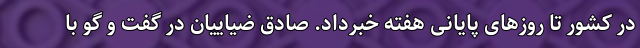
در کشور تا روزهای پایانی هفته خبرداد. صادق ضیاییان در گفت و گو با